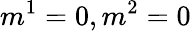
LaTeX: m^{1}=0,m^{2}=0